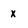
Character: x